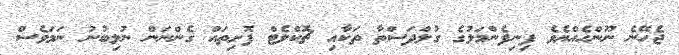
ޖެހޭނެ ނޫންހެއްޔެވެ ފިނިފެންމަލުގެ ގުލްދަސްތާ ތަކާއި ޗޮކްލެޓް ފޮށިތައް ގެންނަން ނުލިބުނު ނަމަވެސް